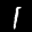
Label: 1